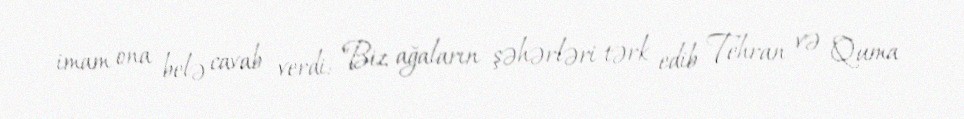
imam ona belə cavab verdi: "Biz ağaların şəhərləri tərk edib Tehran və Quma